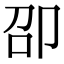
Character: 卲